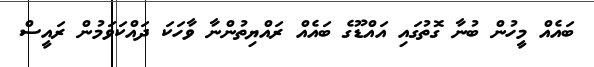
ބައެއް މީހުން ބުނާ ގޮތުގައި އައްޑޫގެ ބައެއް ރައްޔިތުންނާ ވާހަކަ ދައްކަވަމުން ރައީސް